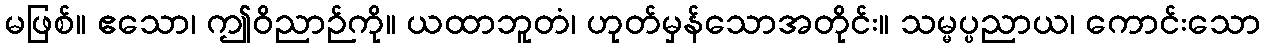
မဖြစ်။ ဧသော၊ ဤဝိညာဉ်ကို။ ယထာဘူတံ၊ ဟုတ်မှန်သောအတိုင်း။ သမ္မပ္ပညာယ၊ ကောင်းသော